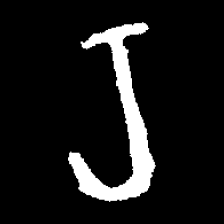
Pyu character \u2014 Myanmar letter: ရ (romanized: ra)